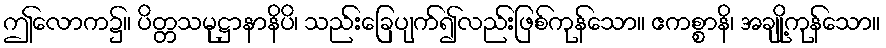
ဤလောက၌။ ပိတ္တသမုဋ္ဌာနာနိပိ၊ သည်းခြေပျက်၍လည်းဖြစ်ကုန်သော။ ဧကစ္စာနိ၊ အချို့ကုန်သော။